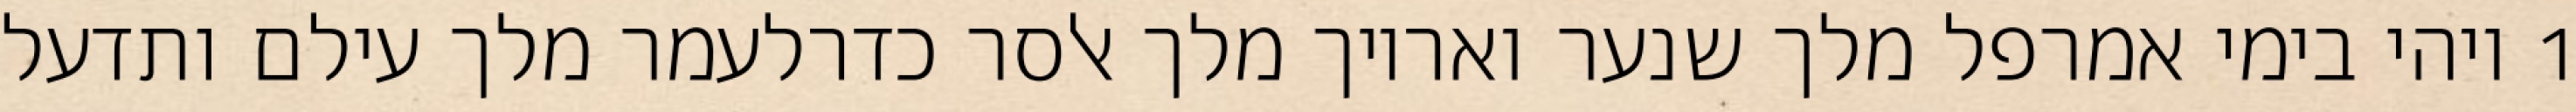
1 ויהי בימי אמרפל מלך שנער ואריוך מלך אלסר כדרלעמר מלך עילם ותדעל